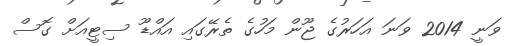
ވަނީ 2014 ވަނަ އަހަރުގެ ޖޫން މަހުގެ ތެރޭގައި އައްޑޫ ސިޓީއަށް ގޮސް